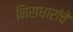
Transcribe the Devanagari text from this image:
निराधारांचे